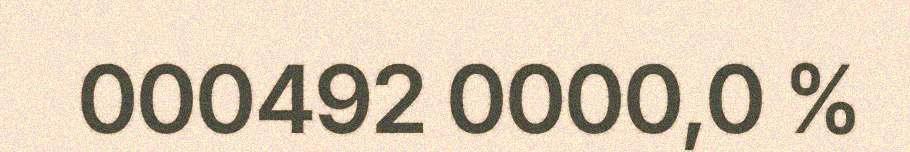
000492 0000,0 %